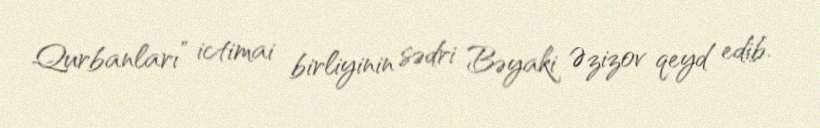
Qurbanları” ictimai birliyinin sədri Bəyaki Əzizov qeyd edib.